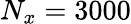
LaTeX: N_{x}=3000